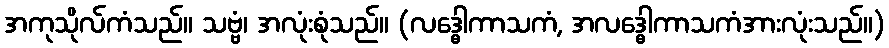
အကုသိုလ်ကံသည်။ သဗ္ဗံ၊ အလုံးစုံသည်။ (လဒ္ဓေါကာသကံ, အလဒ္ဓေါကာသကံအားလုံးသည်။)